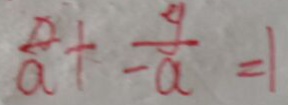
\frac { x } { a } + \frac { g } { - a } = 1